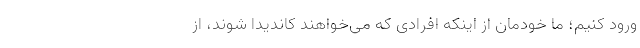
ورود کنیم؛ ما خودمان از اینکه افرادی که می‌خواهند کاندیدا شوند، از